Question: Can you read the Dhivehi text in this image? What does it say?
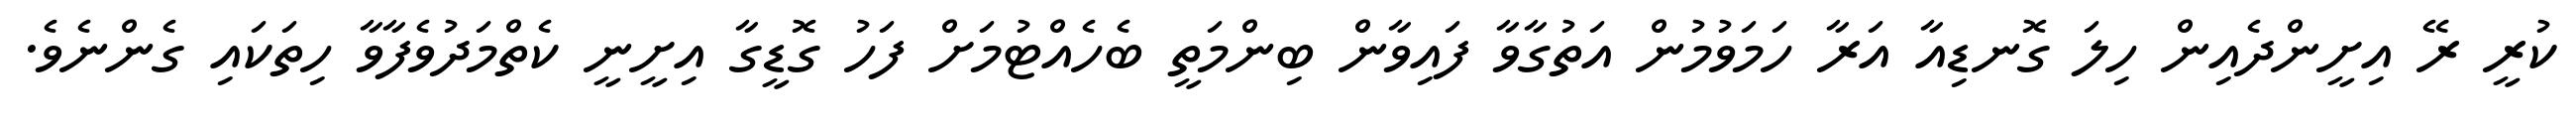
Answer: ކުރީ ރޭ އިށީންދެއިން ހިލަ ގޮނޑިއާ އަރާ ހަމަވުމުން އަތުގާވާ ފައިވާން ބިންމަތީ ބެހެއްޓުމަށް ފަހު ގޮޑީގާ އިށީނީ ކެތްމަދުވެފާވާ ހިތަކައި ގެންނެވެ.